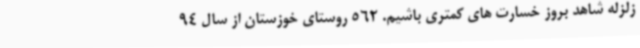
زلزله شاهد بروز خسارت های کمتری باشیم. 562 روستای خوزستان از سال 94